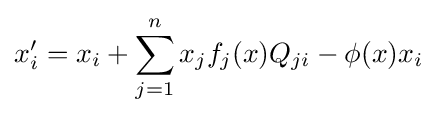
x'_{i}=x_{i}+\sum _{j=1}^{n}{x_{j}f_{j}(x)Q_{ji}}-\phi (x)x_{i}